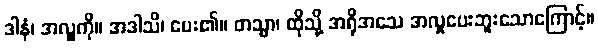
ဒါနံ၊ အလှူကို။ အဒါသိ၊ ပေး၏။ တသ္မာ၊ ထိုသို့ အရိုအသေ အလှုပေးဘူးသောကြောင့်။